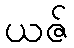
ယဇ်